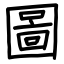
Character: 圖